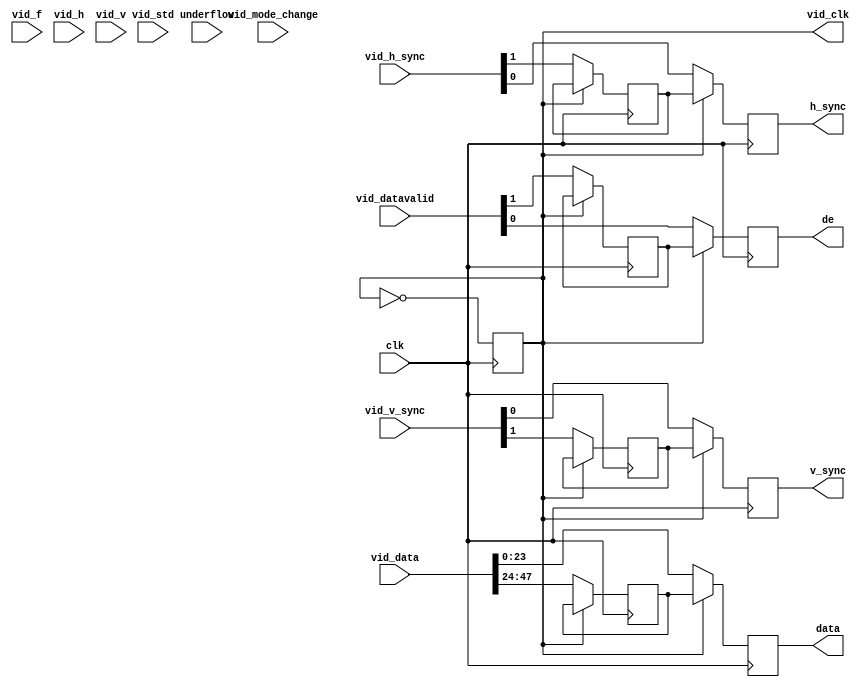
// This program was cloned from: https://github.com/furrtek/Neogeo_MiSTer_old
// License: GNU General Public License v2.0

// out_mix.v

`timescale 1 ps / 1 ps
module out_mix (
		input  wire        clk,             // Output.clk
		output reg         de,              //       .de
		output reg         h_sync,          //       .h_sync
		output reg         v_sync,          //       .v_sync
		output reg  [23:0] data,            //       .data
		output reg         vid_clk,         //  input.vid_clk
		input  wire [1:0]  vid_datavalid,   //       .vid_datavalid
		input  wire [1:0]  vid_h_sync,      //       .vid_h_sync
		input  wire [1:0]  vid_v_sync,      //       .vid_v_sync
		input  wire [47:0] vid_data,        //       .vid_data
		input  wire        underflow,       //       .underflow
		input  wire        vid_mode_change, //       .vid_mode_change
		input  wire [1:0]  vid_std,         //       .vid_std
		input  wire [1:0]  vid_f,           //       .vid_f
		input  wire [1:0]  vid_h,           //       .vid_h
		input  wire [1:0]  vid_v            //       .vid_v
	);

	reg        r_de;
	reg        r_h_sync;
	reg        r_v_sync;
	reg [23:0] r_data;
	
	always @(posedge clk) begin
		vid_clk <= ~vid_clk;
		
		if(~vid_clk) begin
			{r_de,de} <= vid_datavalid;
			{r_h_sync, h_sync} <= vid_h_sync;
			{r_v_sync, v_sync} <= vid_v_sync;
			{r_data, data} <= vid_data;
		end else begin
			de <= r_de;
			h_sync <= r_h_sync;
			v_sync <= r_v_sync;
			data <= r_data;
		end
	end

endmodule